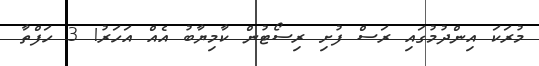
މުރަކަ އިންދުމުގައި ރަސް ފުށި ރިސޯޓުން ކާމިޔާބު އެއް އަހަރު! 3 ހަފްތާ